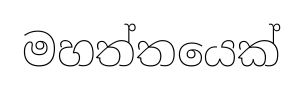
මහත්තයෙක්